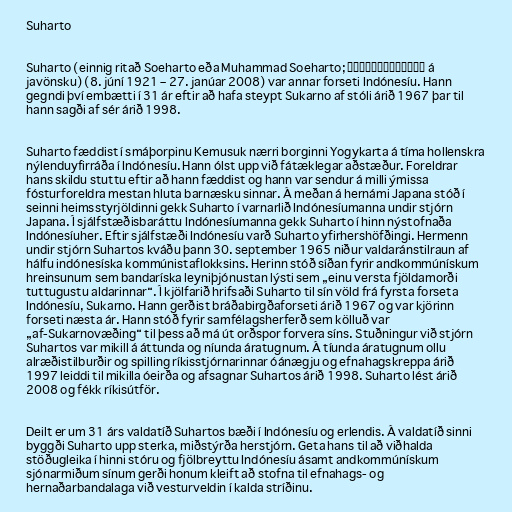
Suharto

Suharto (einnig ritað Soeharto eða Muhammad Soeharto; ꦩꦸꦲꦩ꧀ꦩꦢ꧀ꦯꦸꦲꦂꦠ á
javönsku) (8. júní 1921 – 27. janúar 2008) var annar forseti Indónesíu. Hann
gegndi því embætti í 31 ár eftir að hafa steypt Sukarno af stóli árið 1967 þar til
hann sagði af sér árið 1998.

Suharto fæddist í smáþorpinu Kemusuk nærri borginni Yogykarta á tíma hollenskra
nýlenduyfirráða í Indónesíu. Hann ólst upp við fátæklegar aðstæður. Foreldrar
hans skildu stuttu eftir að hann fæddist og hann var sendur á milli ýmissa
fósturforeldra mestan hluta barnæsku sinnar. Á meðan á hernámi Japana stóð í
seinni heimsstyrjöldinni gekk Suharto í varnarlið Indónesíumanna undir stjórn
Japana. Í sjálfstæðisbaráttu Indónesíumanna gekk Suharto í hinn nýstofnaða
Indónesíuher. Eftir sjálfstæði Indónesíu varð Suharto yfirhershöfðingi. Hermenn
undir stjórn Suhartos kváðu þann 30. september 1965 niður valdaránstilraun af
hálfu indónesíska kommúnistaflokksins. Herinn stóð síðan fyrir andkommúnískum
hreinsunum sem bandaríska leyniþjónustan lýsti sem „einu versta fjöldamorði
tuttugustu aldarinnar“. Í kjölfarið hrifsaði Suharto til sín völd frá fyrsta forseta
Indónesíu, Sukarno. Hann gerðist bráðabirgðaforseti árið 1967 og var kjörinn
forseti næsta ár. Hann stóð fyrir samfélagsherferð sem kölluð var
„af-Sukarnovæðing“ til þess að má út orðspor forvera síns. Stuðningur við stjórn
Suhartos var mikill á áttunda og níunda áratugnum. Á tíunda áratugnum ollu
alræðistilburðir og spilling ríkisstjórnarinnar óánægju og efnahagskreppa árið
1997 leiddi til mikilla óeirða og afsagnar Suhartos árið 1998. Suharto lést árið
2008 og fékk ríkisútför.

Deilt er um 31 árs valdatíð Suhartos bæði í Indónesíu og erlendis. Á valdatíð sinni
byggði Suharto upp sterka, miðstýrða herstjórn. Geta hans til að viðhalda
stöðugleika í hinni stóru og fjölbreyttu Indónesíu ásamt andkommúnískum
sjónarmiðum sínum gerði honum kleift að stofna til efnahags- og
hernaðarbandalaga við vesturveldin í kalda stríðinu.